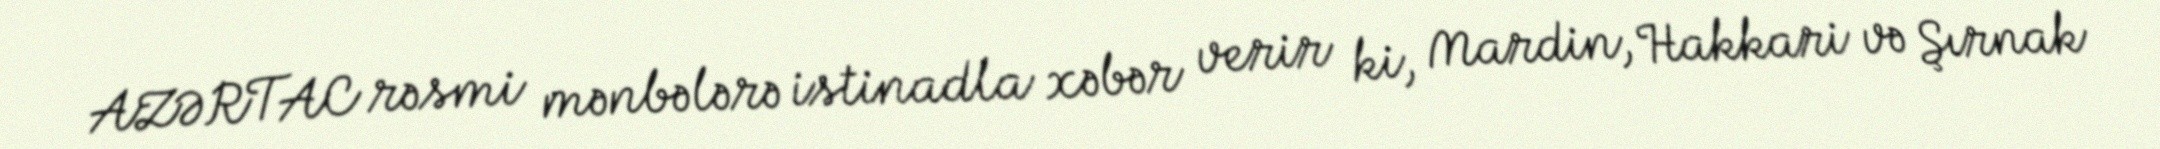
AZƏRTAC rəsmi mənbələrə istinadla xəbər verir ki, Mardin, Hakkari və Şırnak